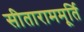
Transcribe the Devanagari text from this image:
सीताराममूर्ति